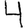
Digit: 4